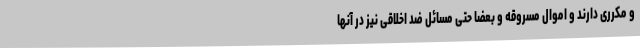
و مکرری دارند و اموال مسروقه و بعضا حتی مسائل ضد اخلاقی نیز در آنها